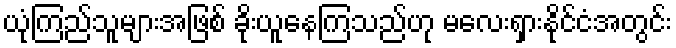
ယုံကြည်သူများအဖြစ် ခိုးယူနေကြသည်ဟု မလေးရှားနိုင်ငံအတွင်း